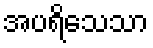
အပရိသေသာ